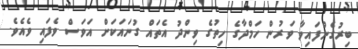
ބިރުގެންފައިވާ ވަރުން ހަމްދާގެ ހިތުގެ ވިންދު އެތައް ގުނައަކަށް އަވަސް ވެފައި ވެއެވެ.